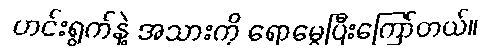
ဟင်းရွက်နဲ့ အသားကို ရောမွှေပြီးကြော်တယ်။